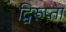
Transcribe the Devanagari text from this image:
द्विरूप्ता